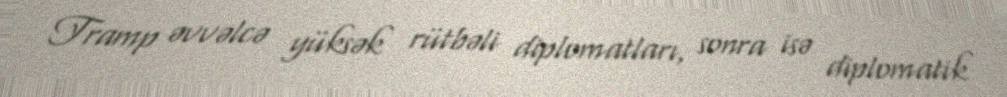
Tramp əvvəlcə yüksək rütbəli diplomatları, sonra isə diplomatik